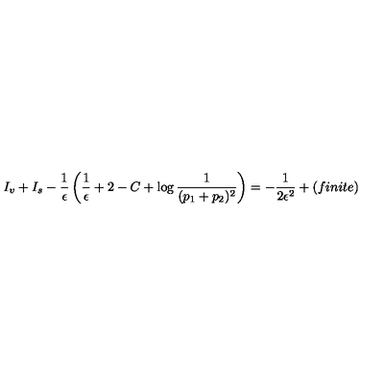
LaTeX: I _ { v } + I _ { s } - { \frac { 1 } { \epsilon } } \left( { \frac { 1 } { \epsilon } } + 2 - C + \log { \frac { 1 } { ( p _ { 1 } + p _ { 2 } ) ^ { 2 } } } \right) = - { \frac { 1 } { 2 \epsilon ^ { 2 } } } + ( f i n i t e )